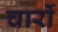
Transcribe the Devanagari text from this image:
चार्रो